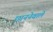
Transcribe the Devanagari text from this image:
छाननेवाले